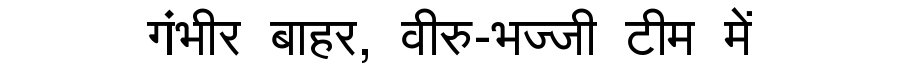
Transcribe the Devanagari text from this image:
गंभीर बाहर, वीरु-भज्जी टीम में